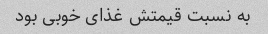
به نسبت قیمتش غذای خوبی بود